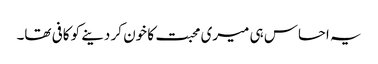
یہ احساس ہی میری محبت کا خون کر دینے کو کافی تھا۔